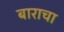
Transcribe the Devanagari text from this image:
बाराचा